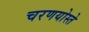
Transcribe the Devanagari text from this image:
चरणयोस्ते